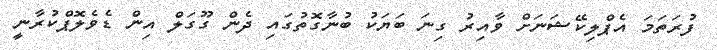
ފުރަތަމަ އެޕްލިކޭޝަނަށް ވާއިރު ގިނަ ބަޔަކު ބުނާގޮތުގައި ދެން ގޫގަލް އިން ޑެވެލޮޕްކުރާނީ